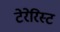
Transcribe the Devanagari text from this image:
टेरेरिस्ट